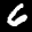
Label: 6